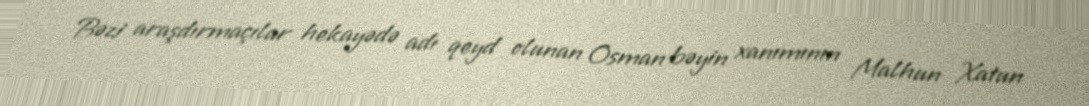
Bəzi araşdırmaçılar hekayədə adı qeyd olunan Osman bəyin xanımının Malhun Xatun